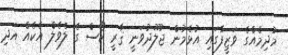
މުދިމެއްގެ ވަޒީފާގައި އުޅެމުން ޖުލޫދުވަނީ ޤާރީ ކޯސް ގެ ލެވެލް އެކެއް އަދި